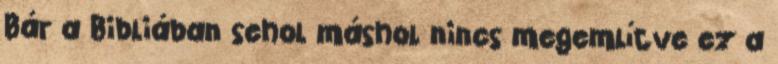
Bár a Bibliában sehol máshol nincs megemlítve ez a